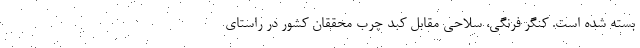
بسته شده است. کنگر فرنگی، سلاحی مقابل کبد چرب محققان کشور در راستای